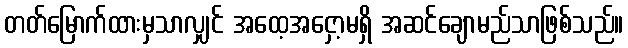
တတ်မြောက်ထားမှသာလျှင် အထေ့အငှော့မရှိ အဆင်ချောမည်သာဖြစ်သည်။